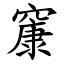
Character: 䆲